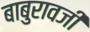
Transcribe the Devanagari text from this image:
बाबुरावजी